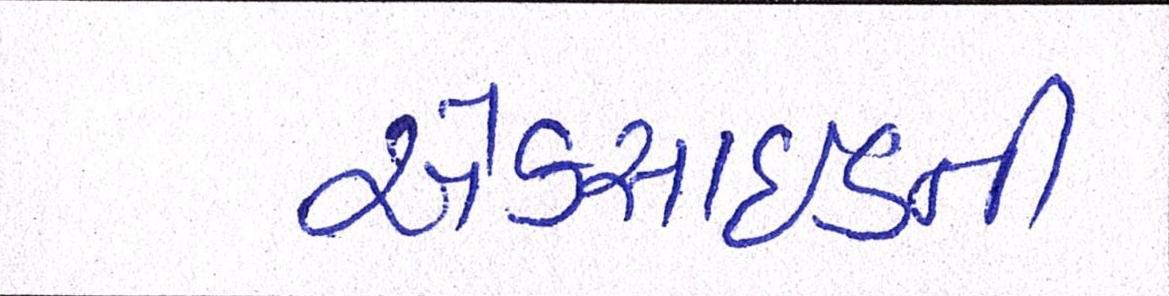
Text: એક્સાઇડની